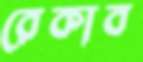
রেকাব